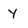
Character: Y